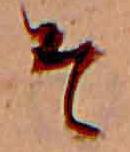
そ